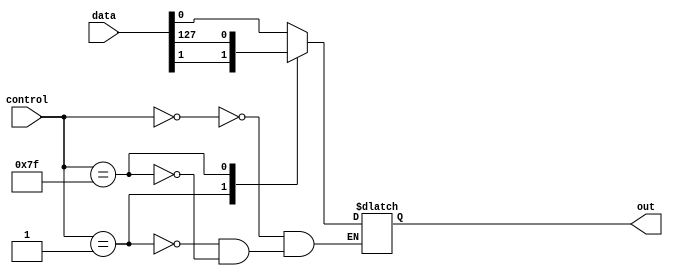
module mux_128to1(input [127:0] data,
                  input [6:0] control,
                  output reg out);

always @(*) begin
    case(control)
        7'b0000000: out = data[0];
        7'b0000001: out = data[1];
        // Continue for all 128 input signals
        // ...
        7'b1111111: out = data[127];
    endcase
end

endmodule